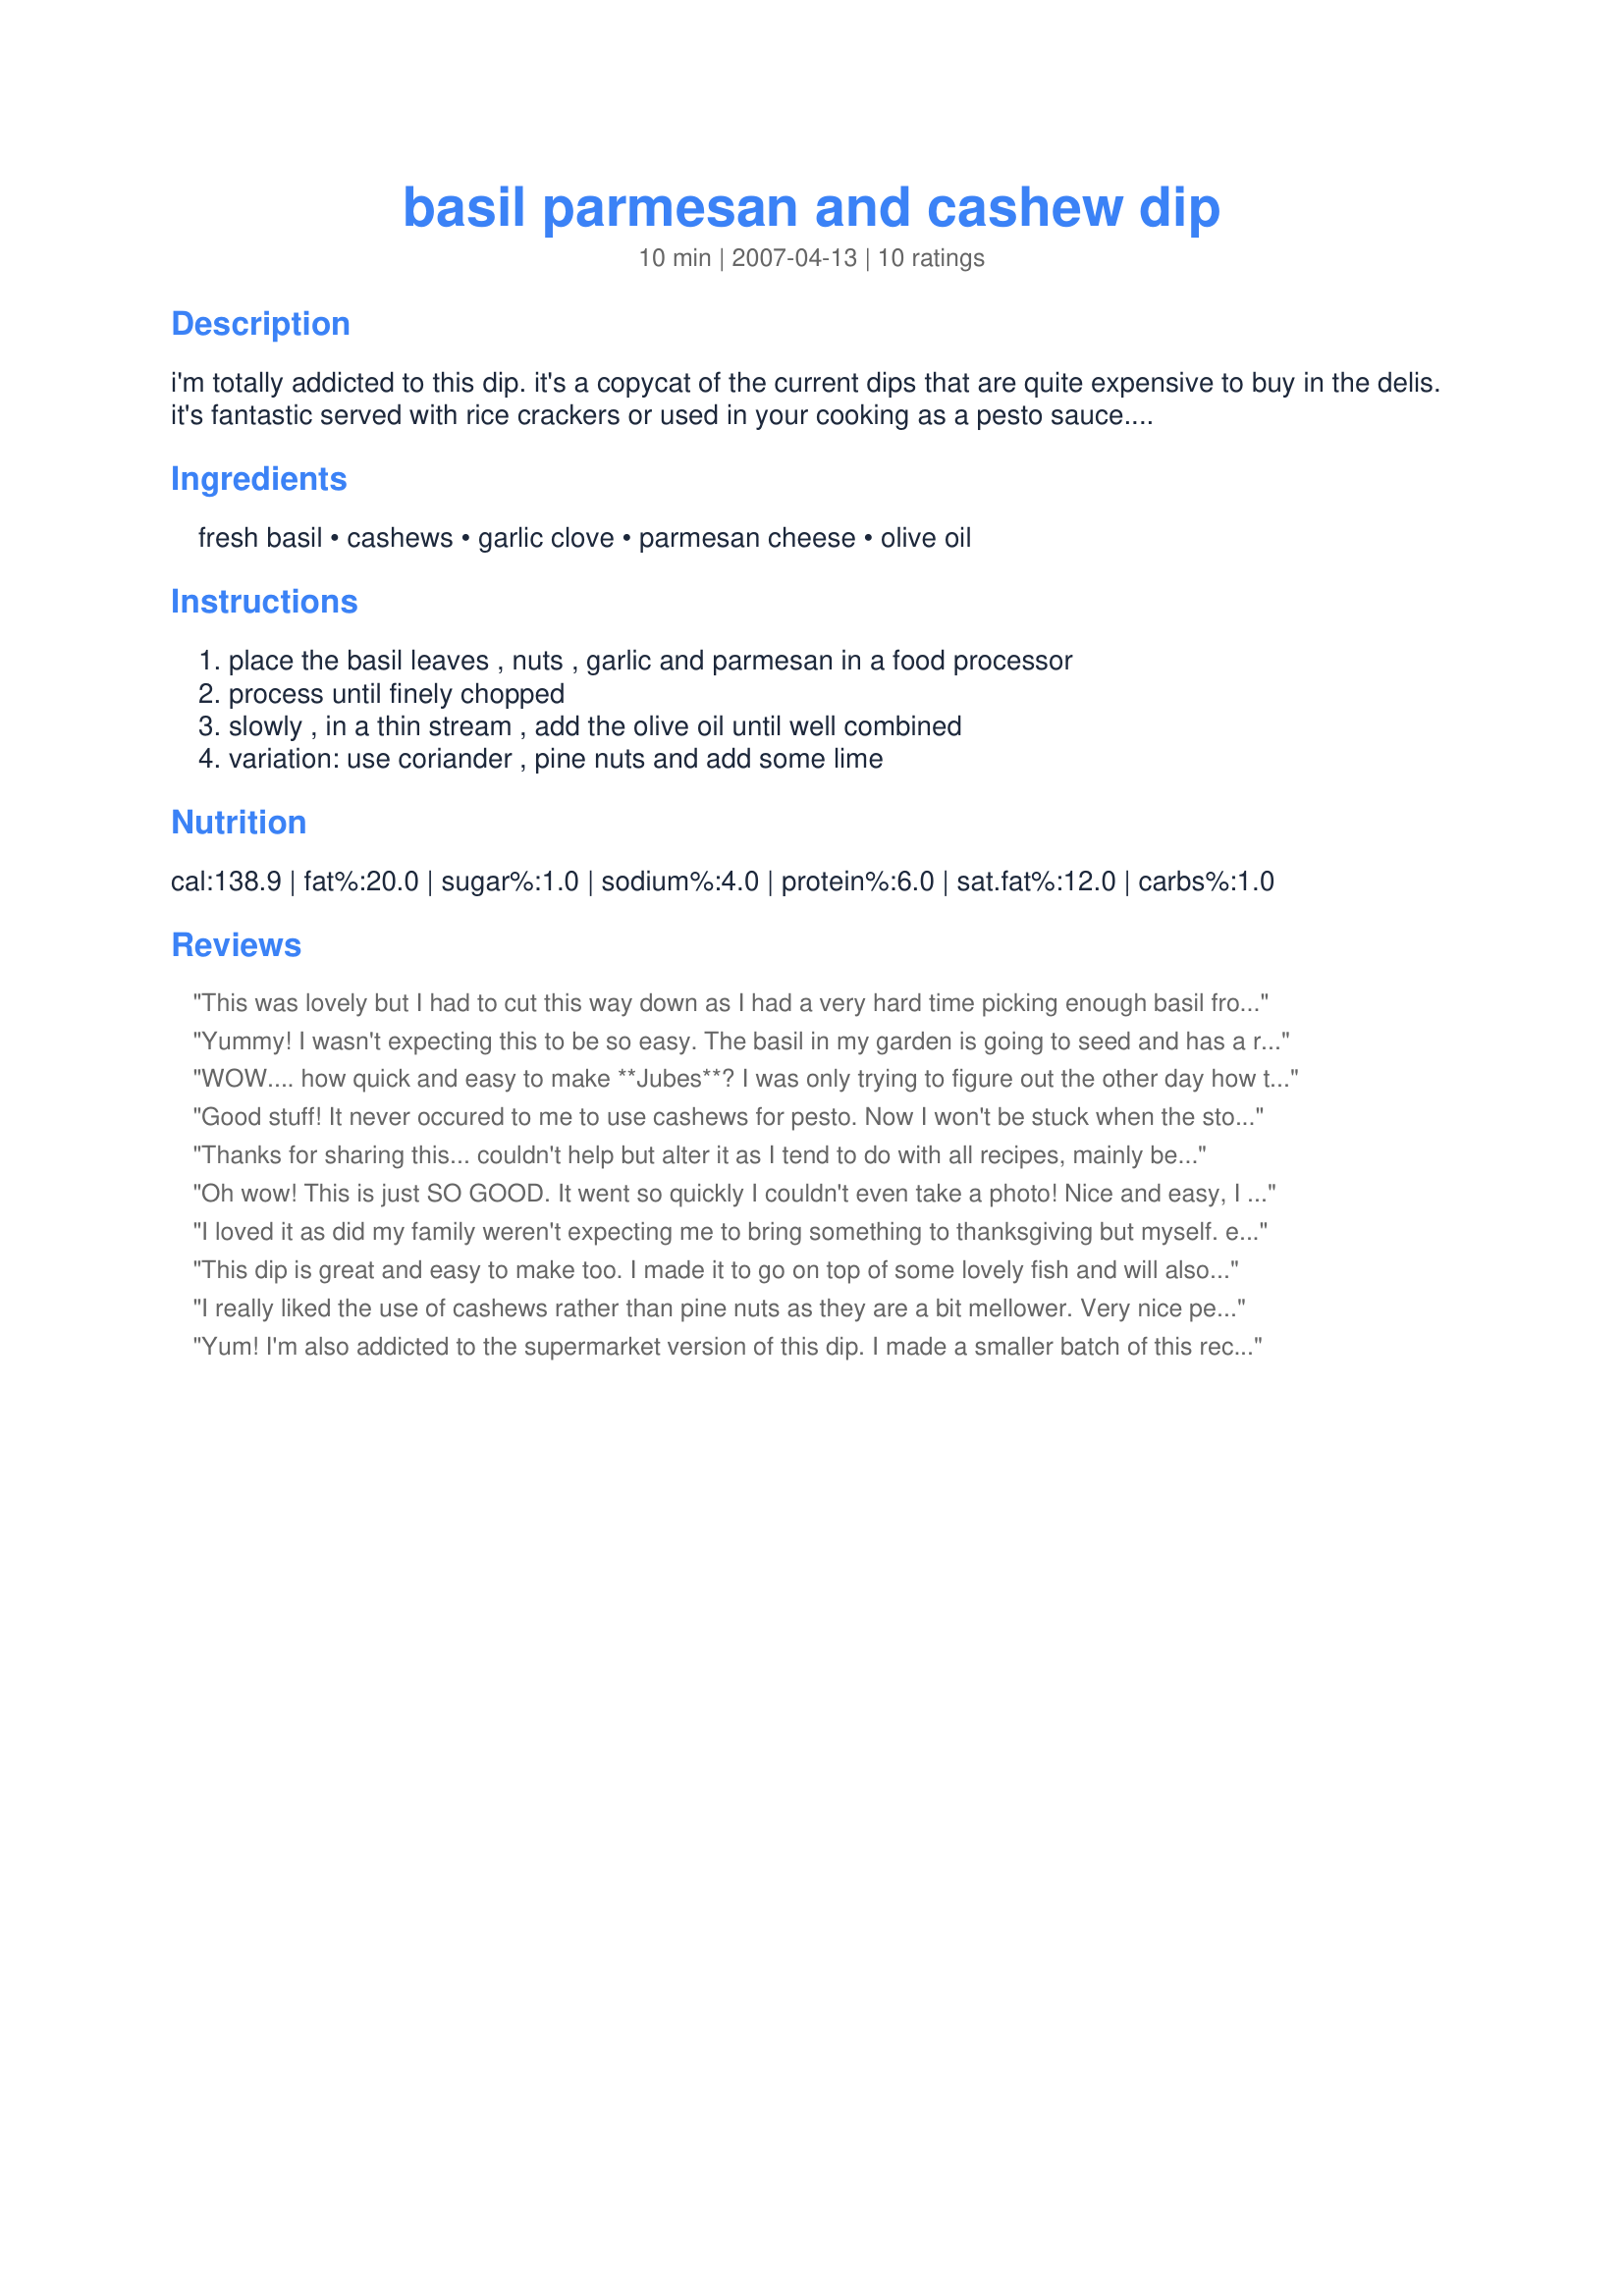
basil parmesan and cashew dip
Preparation time: 10 minutes

i'm totally addicted to this dip. it's a copycat of the current dips that are quite expensive to buy in the delis. it's fantastic served with rice crackers or used in your cooking as a pesto sauce. it's fantastic on pasta, chicken or fish.

Ingredients:
fresh basil, cashews, garlic clove, parmesan cheese, olive oil

Steps:
place the basil leaves , nuts , garlic and parmesan in a food processor, process until finely chopped, slowly , in a thin stream , add the olive oil until well combined, variation: use coriander , pine nuts and add some lime

Reviews:
This was lovely but I had to cut this way down as I had a very hard time picking enough basil from the garden, 250g is tonnes when you only have 2 surviving basil plants. This is really tasty & lovely mixed with mayo to make a pestonnaise for sandwiches. If you want to keep it for a few days make sure you put a layer of olive oil on the top to preserve it as otherwise a pink scuzz will form, this I know from experience..LOL :cry:
Yummy! I wasn't expecting this to be so easy. The basil in my garden is going to seed and has a really strong, almost aniseed taste, so I added a teaspoon of honey to send the aniseed taste to the background. I also added about 2 teaspoons of lemon juice to stop it going so brown - it didn't alter the taste too much, hopefully it will stop the pesto going completely brown.
WOW.... how quick and easy to make **Jubes**? I was only trying to figure out the other day how to make this dip after I bought it for my lunch, the one I bought was lovely, but sssoooooooooooo expensive as you said..........you saved me the time and energy of trying to figure it out!!! It tastes just as good as the bought one, looks just as good as the bought one.... actually no bull!!!... ITS EVEN BETTER than the bought one !!! So excellent **Jubes** !!! I think I may have over processed mine, but hey......it still turned out so fantastic, tasted so YUM and took no time at all. I used freshly picked Basil from the garden and freshly picked Cashews from Safeway...lol So good **Jubes** all I can say is a total winner again!!! Thank You again!!!!
Good stuff! It never occured to me to use cashews for pesto. Now I won't be stuck when the store runs out of pine nuts. Lovely stuff! Thanks for sharing.
Thanks for sharing this... couldn't help but alter it as I tend to do with all recipes, mainly because I too only have 4 plants and picked a bit over 50grms of basil leaves so had to! I tripled the recipe but changed the amounts & didn't over process. BTW, this will be scrummy under the skin of chicken thighs then baked or BBQ'd!

50 grms basil leaves
1 cup salted roasted cashews
1 garlic clove
1 & 1/4 cups parmesan
2/3 cup olive oil
Added lemon pepper for zing :-)
Oh wow! This is just SO GOOD. It went so quickly I couldn't even take a photo! Nice and easy, I just threw everything in the processor... with only 5 minutes until guests arrived! I could also stir it through some pasta for a chunky style pesto. Thanks for a real keeper!
I loved it as did my family weren't expecting me to bring something to thanksgiving but myself. easy to make maybe 10 minutes as you said. great dip for Broccolli, carrots, cucumbers or between a couple crackers or in Pasta Yumm it was great!
This dip is great and easy to make too. I made it to go on top of some lovely fish and will also use it again tonight in a pasta bake I intend making. So much cheaper and better than the store bought dips. Thanks Jubes.
I really liked the use of cashews rather than pine nuts as they are a bit mellower. Very nice pesto.
Yum! I'm also addicted to the supermarket version of this dip. I made a smaller batch of this recipe as I only had 175 grams of basil and it was fantastic. The fresh ingredients made the flavour taste more sharp, crisp and very refreshing then the shop purchased brands. All my guest really enjoyed it and took away the recipe. Thank you **Jubes** once again.
